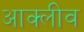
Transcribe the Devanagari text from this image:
आक्लीव